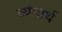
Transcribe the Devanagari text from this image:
व्यंगार्थ